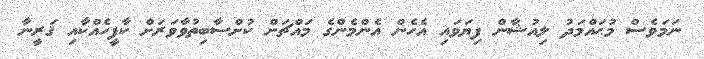
ނަމަވެސް މުޙައްމަދު ލިއުޝާން ފިޔަވައި އެހެން އެންމެންގެ މައްޗަށް ކުށްސާބިތުވާވަރަށް ކާފީހެއްކާއި ޤަރީނާ